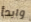
وابدأ